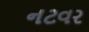
નટવર